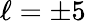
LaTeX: \ell=\pm 5